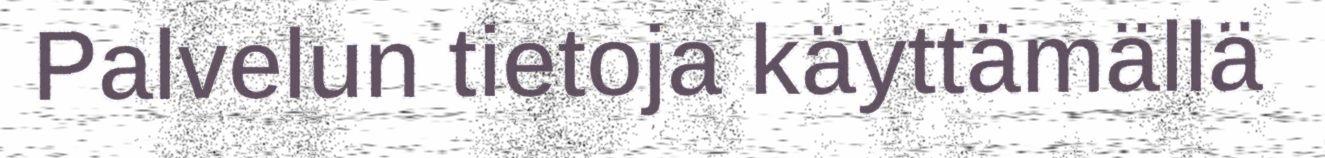
Palvelun tietoja käyttämällä